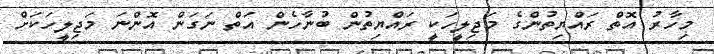
މިހާރު އޮތް ރައްޔިތުންގެ މަޖިލީހަކީ ރައްޔިތުން ބުނާހެން އަތް ނަގަން އޮންނަ މަޖިލީހަކަށް